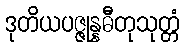
ဒုတိယပဇ္ဇုန္နဓီတုသုတ္တံ